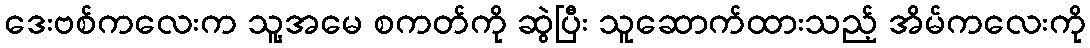
ဒေးဗစ်ကလေးက သူ့အမေ စကတ်ကို ဆွဲပြီး သူဆောက်ထားသည့် အိမ်ကလေးကို